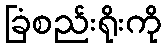
ခြံစည်းရိုးကို